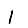
Digit: 1